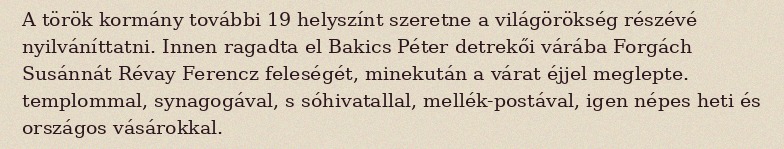
A török kormány további 19 helyszínt szeretne a világörökség részévé nyilváníttatni. Innen ragadta el Bakics Péter detrekői várába Forgách Susánnát Révay Ferencz feleségét, minekután a várat éjjel meglepte. templommal, synagogával, s sóhivatallal, mellék-postával, igen népes heti és országos vásárokkal.